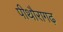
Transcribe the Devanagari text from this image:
पीथौरागढ़